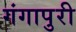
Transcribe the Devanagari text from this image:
गंगापुरी